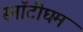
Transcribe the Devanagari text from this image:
स्नॉटीघम